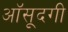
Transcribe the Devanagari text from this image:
आॅसूदगी